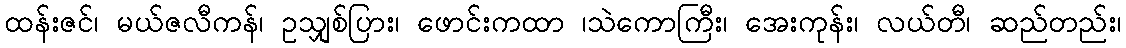
ထန်းဇင်၊ မယ်ဇလီကန်၊ ဥသျှစ်ပြား၊ ဖောင်းကထာ ၊သဲကောကြီး၊ အေးကုန်း၊ လယ်တီ၊ ဆည်တည်း၊